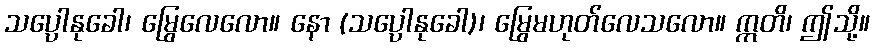
သပ္ပေါနုခေါ၊ မြွေလေလော။ နော (သပ္ပေါနုခေါ)၊ မြွေမဟုတ်လေသလော။ ဣတိ၊ ဤသို့။